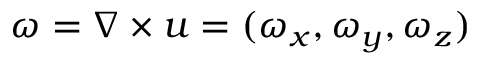
\boldsymbol { \omega } = \boldsymbol { \nabla \times u } = ( \omega _ { x } , \omega _ { y } , \omega _ { z } )